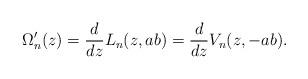
LaTeX: \begin{align*}\Omega_n'(z) = \frac{d}{dz} L_n(z,ab) = \frac{d}{dz} V_n(z,-ab).\end{align*}